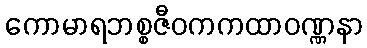
ကောမာရဘစ္စဇီဝကကထာဝဏ္ဏနာ